Civil Veterinary Department Bihar & Orissa reports 1911-21 - 1911-1921
Year: 1911
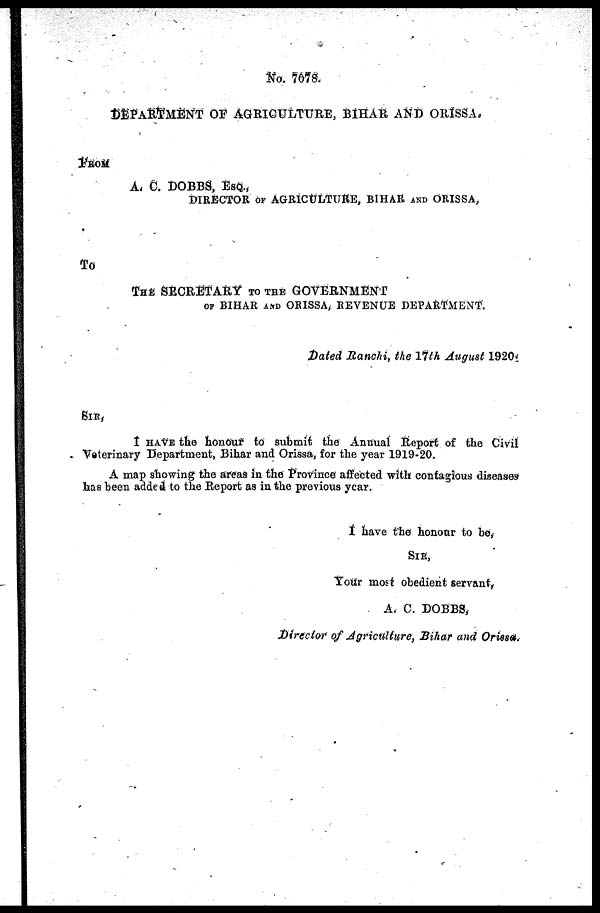
No. 7078.
DEPARTMENT OF AGRICULTURE, BIHAR AND ORISSA.
A. C. DOBBS, ESQ.,
DIRECTOR OF AGRICULTURE, BIHAR AND ORISSA,
To
THE SECRETARY TO THE GOVERNMENT
OF BIHAR AND ORISSA, REVENUE DEPARTMENT.
Dated Ranchi, the 17th August 1920
I HAVE the honour to submit the Annual Report of the Civil
Veterinary Department, Bihar and Orissa, for the year 1919-20.
A map showing the areas in the Province affected with contagious diseases
has been added to the Report as in the previous year.
I have the honour to be,
SIR,
Your most obedient servant,
A. C. DOBBS,
Director of Agriculture, Bihar and Orissa.